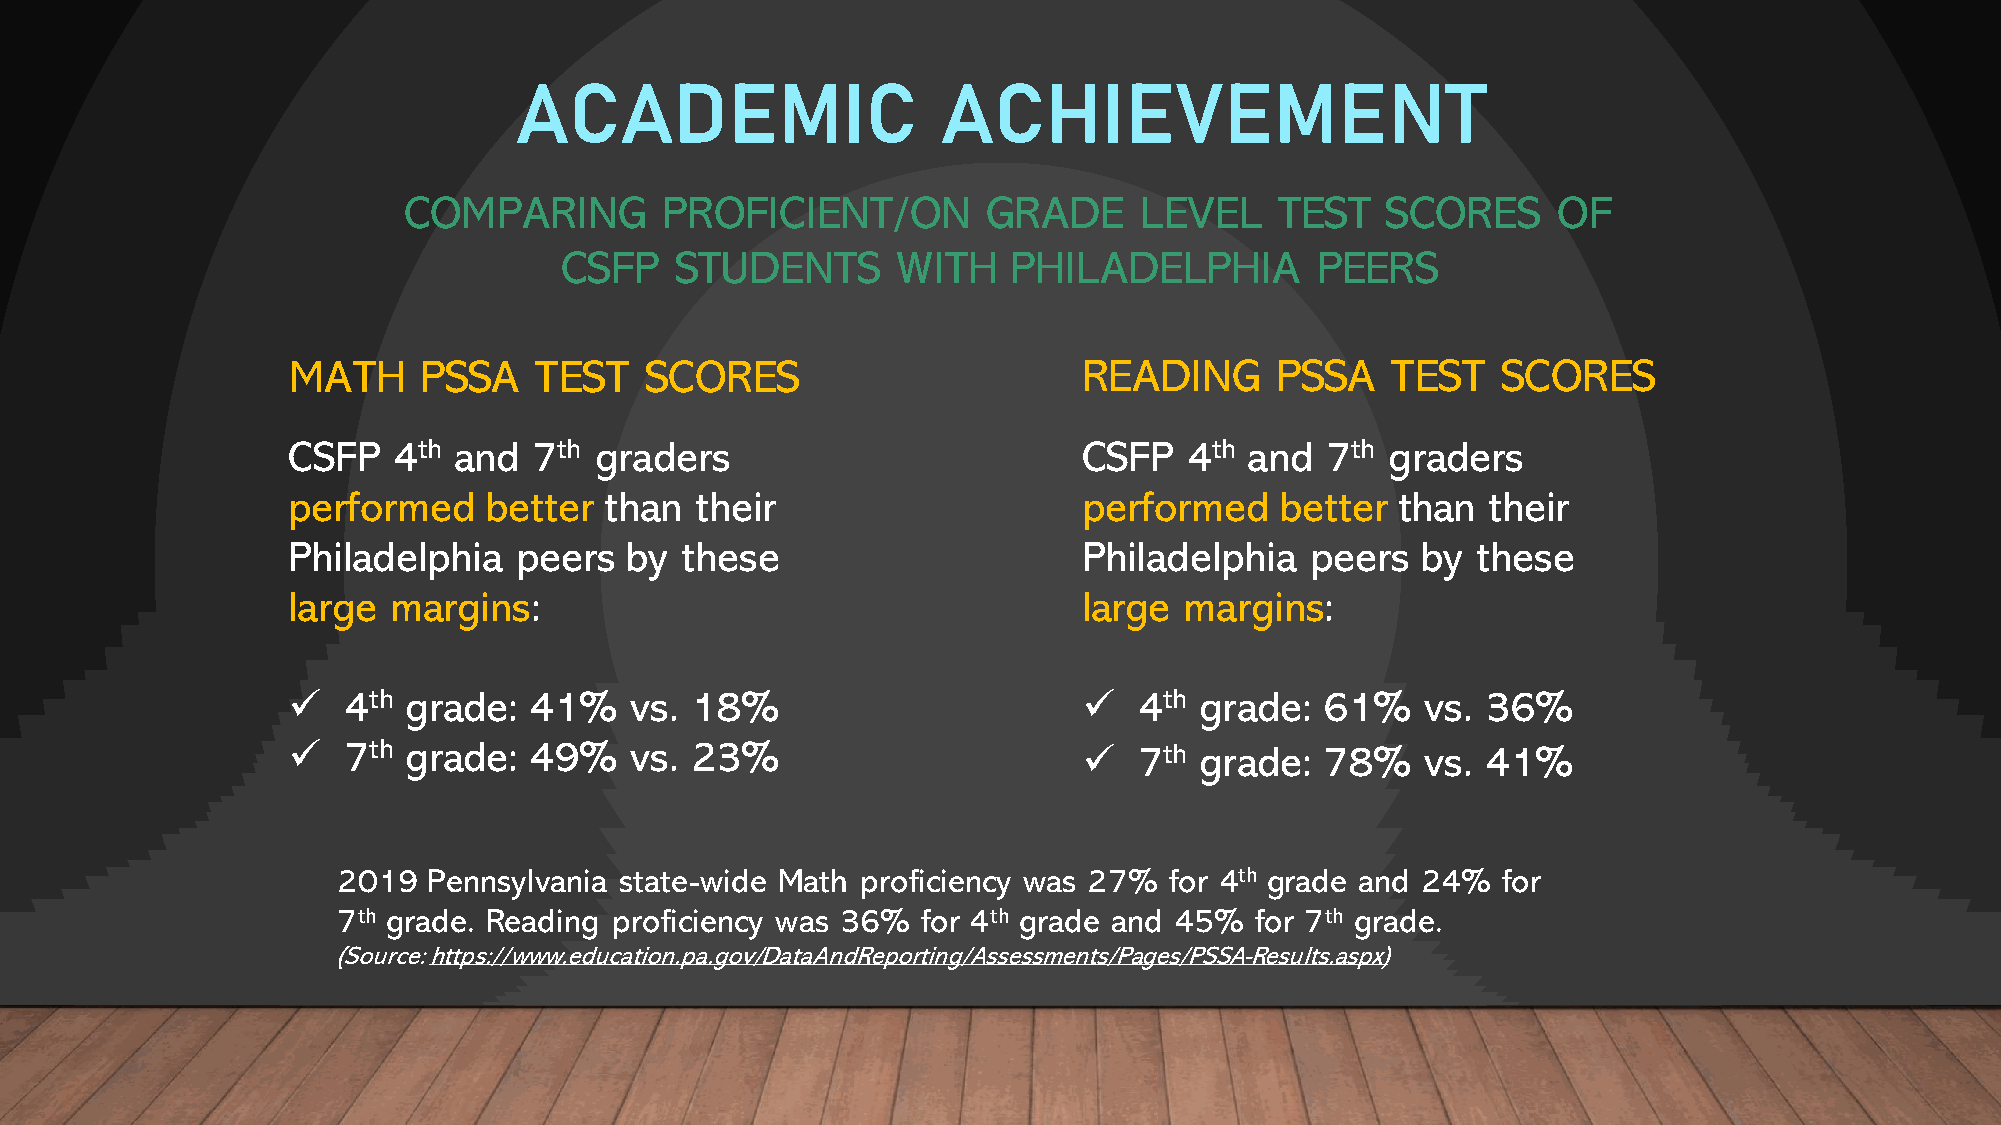
ACADEMIC                    ACHIEVEMENT
 COMPARING        PROFICIENT/ON        GRADE     LEVEL     TEST   SCORES     OF
 CSFP    STUDENTS      WITH    PHILADELPHIA        PEERS
 MATH     PSSA   TEST    SCORES                       READING     PSSA    TEST   SCORES
 CSFP   4th and  7th graders                          CSFP   4th and  7th graders
 performed    better  than  their                     performed    better than  their
 Philadelphia   peers  by  these                      Philadelphia   peers  by  these
 large  margins:                                      large margins:
 ✓   4th grade:  41%    vs. 18%                       ✓  4th grade:   61%   vs. 36%
 ✓   7th grade:  49%    vs. 23%                       ✓  7th grade:   78%   vs. 41%
 2019  Pennsylvania state-wide Math proficiency was 27% for 4th grade and 24% for
 7th grade. Reading proficiency was 36% for 4th grade and 45% for 7th grade.
 (Source:https://www.education.pa.gov/DataAndReporting/Assessments/Pages/PSSA-Results.aspx)